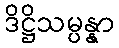
ဒိဋ္ဌိသမ္ပန္နာ